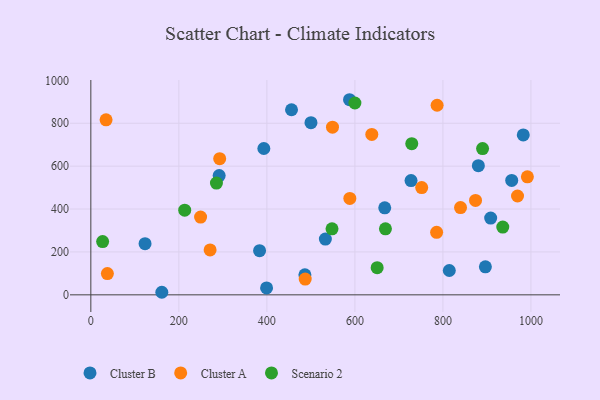
{"axis": {"x": "Study Hours", "y": "Exam Score"}, "legend": ["Cluster A", "Cluster B", "Scenario 2"], "data": [{"x": "956.3", "y": 533.5, "type": "Cluster B"}, {"x": "393.1", "y": 682.3, "type": "Cluster B"}, {"x": "161.3", "y": 11.9, "type": "Cluster B"}, {"x": "814.5", "y": 113.4, "type": "Cluster B"}, {"x": "291.6", "y": 555.9, "type": "Cluster B"}, {"x": "587.8", "y": 909.8, "type": "Cluster B"}, {"x": "399.3", "y": 32.0, "type": "Cluster B"}, {"x": "880.5", "y": 602.2, "type": "Cluster B"}, {"x": "727.6", "y": 532.9, "type": "Cluster B"}, {"x": "667.8", "y": 405.5, "type": "Cluster B"}, {"x": "982.6", "y": 745.5, "type": "Cluster B"}, {"x": "456.0", "y": 863.0, "type": "Cluster B"}, {"x": "383.4", "y": 205.9, "type": "Cluster B"}, {"x": "123.2", "y": 238.7, "type": "Cluster B"}, {"x": "908.5", "y": 357.7, "type": "Cluster B"}, {"x": "896.5", "y": 130.4, "type": "Cluster B"}, {"x": "532.9", "y": 259.8, "type": "Cluster B"}, {"x": "500.2", "y": 802.7, "type": "Cluster B"}, {"x": "486.4", "y": 93.7, "type": "Cluster B"}, {"x": "785.7", "y": 291.5, "type": "Cluster A"}, {"x": "991.9", "y": 550.5, "type": "Cluster A"}, {"x": "969.5", "y": 460.8, "type": "Cluster A"}, {"x": "874.1", "y": 440.1, "type": "Cluster A"}, {"x": "34.6", "y": 815.9, "type": "Cluster A"}, {"x": "249.4", "y": 362.5, "type": "Cluster A"}, {"x": "487.1", "y": 73.4, "type": "Cluster A"}, {"x": "271.0", "y": 209.2, "type": "Cluster A"}, {"x": "751.8", "y": 500.0, "type": "Cluster A"}, {"x": "549.1", "y": 781.8, "type": "Cluster A"}, {"x": "292.8", "y": 635.0, "type": "Cluster A"}, {"x": "638.4", "y": 747.8, "type": "Cluster A"}, {"x": "37.6", "y": 99.0, "type": "Cluster A"}, {"x": "840.0", "y": 406.7, "type": "Cluster A"}, {"x": "588.5", "y": 449.5, "type": "Cluster A"}, {"x": "786.8", "y": 884.0, "type": "Cluster A"}, {"x": "548.0", "y": 307.9, "type": "Scenario 2"}, {"x": "26.8", "y": 248.3, "type": "Scenario 2"}, {"x": "729.2", "y": 704.8, "type": "Scenario 2"}, {"x": "213.3", "y": 394.9, "type": "Scenario 2"}, {"x": "600.0", "y": 894.5, "type": "Scenario 2"}, {"x": "936.0", "y": 316.0, "type": "Scenario 2"}, {"x": "650.6", "y": 126.7, "type": "Scenario 2"}, {"x": "890.1", "y": 682.0, "type": "Scenario 2"}, {"x": "669.4", "y": 307.7, "type": "Scenario 2"}, {"x": "285.4", "y": 520.9, "type": "Scenario 2"}]}